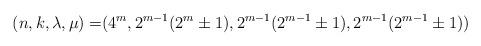
LaTeX: \begin{align*}(n,k,\lambda,\mu)=&(4^m,2^{m-1}(2^m\pm 1),2^{m-1}(2^{m-1}\pm 1),2^{m-1}(2^{m-1}\pm1))\end{align*}